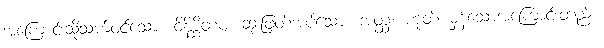
အကြောင်းသို့သက်ဝင်သော။ ဝိနိစ္ဆိတဗ္ဗံ၊ ဆုံးဖြတ်အပ်သော။ အတ္ထံ၊ ဟုတ် မှန်သောအကြောင်းတည်း။